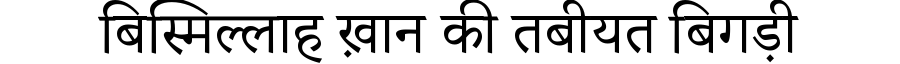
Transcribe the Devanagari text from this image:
बिस्मिल्लाह ख़ान की तबीयत बिगड़ी